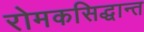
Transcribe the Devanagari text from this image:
रोमकसिद्धान्त